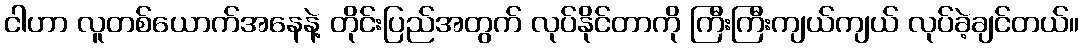
ငါဟာ လူတစ်ယောက်အနေနဲ့ တိုင်းပြည်အတွက် လုပ်နိုင်တာကို ကြီးကြီးကျယ်ကျယ် လုပ်ခဲ့ချင်တယ်။